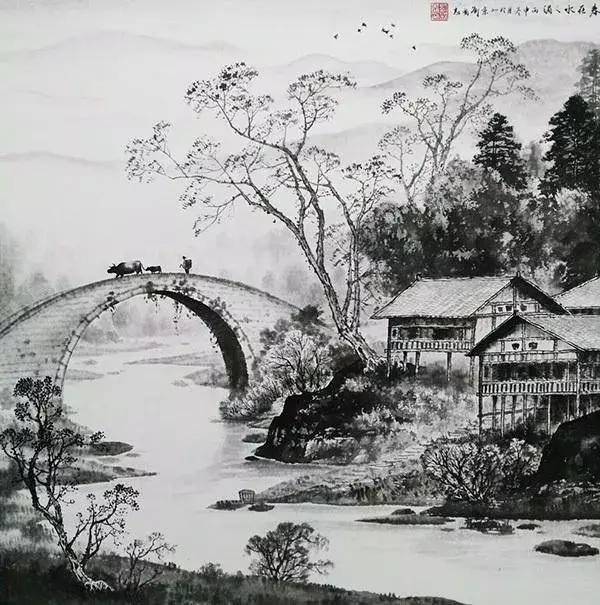
白水明田外，碧峰出山后。